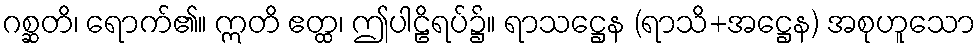
ဂစ္ဆတိ၊ ရောက်၏။ ဣတိ ဧတ္ထ၊ ဤပါဠိရပ်၌။ ရာသဋ္ဌေန (ရာသိ+အဋ္ဌေန) အစုဟူသော